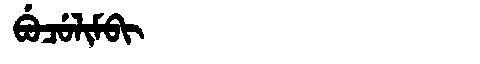
Manchu: ᠪᡠᠴᡠᠯᡳᠮᠪᡳ
Romanization: BUCULIMBI